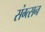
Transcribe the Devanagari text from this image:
संग्त्सन